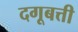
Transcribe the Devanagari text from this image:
दगूबत्ती